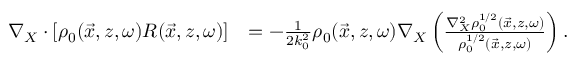
\begin{array} { r l } { \nabla _ { X } \cdot \left[ \rho _ { 0 } ( \vec { x } , z , \omega ) R ( \vec { x } , z , \omega ) \right] } & { = - \frac { 1 } { 2 k _ { 0 } ^ { 2 } } \rho _ { 0 } ( \vec { x } , z , \omega ) \nabla _ { X } \left( \frac { \nabla _ { X } ^ { 2 } \rho _ { 0 } ^ { 1 / 2 } ( \vec { x } , z , \omega ) } { \rho _ { 0 } ^ { 1 / 2 } ( \vec { x } , z , \omega ) } \right) . } \end{array}